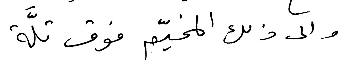
والى ذلك المخيّم فوق تلَّة